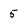
Character: 5